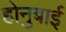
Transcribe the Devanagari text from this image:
होनुबाई